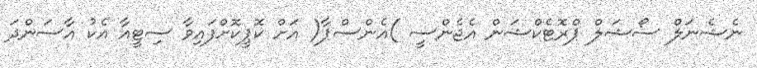
ނެޝެނަލް ސޯޝަލް ޕްރޮޓެކްޝަން އެޖެންސީ )އެންސްޕާ( އަށް ކޮޕީކޮށްފައިވާ ސިޓީއާ އެކު އާސަންދަ